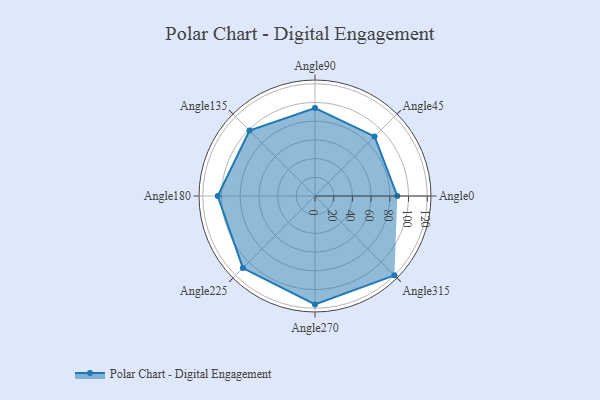
{"axis": {"x": "Angle", "y": "Radius"}, "legend": [""], "data": [{"x": "Angle0", "y": 88.0, "type": ""}, {"x": "Angle45", "y": 90.0, "type": ""}, {"x": "Angle90", "y": 94.0, "type": ""}, {"x": "Angle135", "y": 99.0, "type": ""}, {"x": "Angle180", "y": 104.0, "type": ""}, {"x": "Angle225", "y": 109.0, "type": ""}, {"x": "Angle270", "y": 116.0, "type": ""}, {"x": "Angle315", "y": 120.0, "type": ""}]}